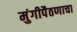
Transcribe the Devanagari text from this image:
मुंगीपैठणाचा